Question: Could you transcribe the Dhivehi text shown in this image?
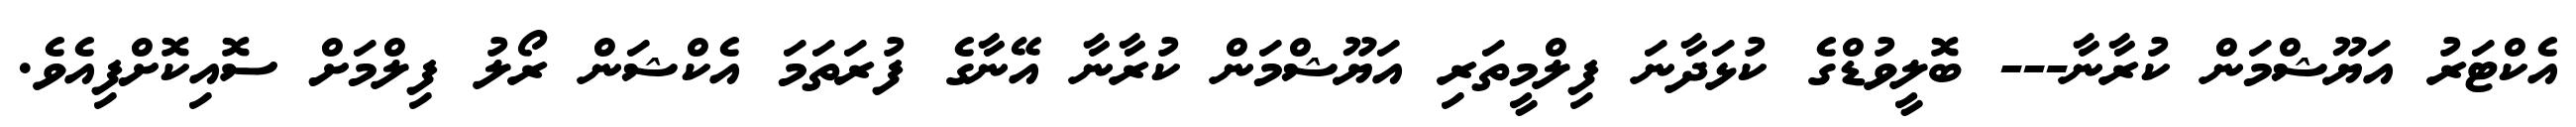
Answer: އެކްޓަރު އަޔޫޝްމަން ކުރާނާ--- ބޮލީވުޑްގެ ކުޅަދާނަ ފިލްމީތަރި އަޔޫޝްމަން ކުރާނާ އޭނާގެ ފުރަތަމަ އެކްޝަން ރޯލު ފިލްމަށް ސޮއިކޮށްފިއެވެ.